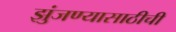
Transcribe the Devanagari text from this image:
झुंजण्यासाठीची